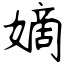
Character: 嫡